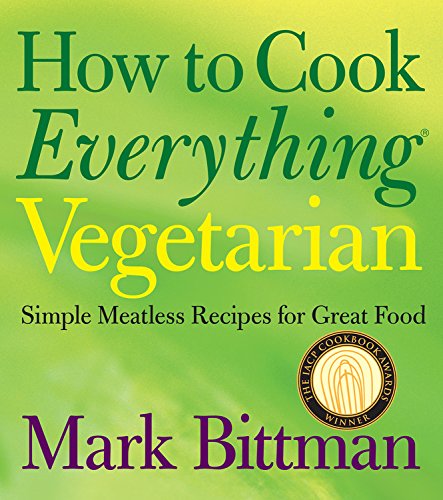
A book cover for How to Cook Everything Vegetarian: Simple Meatless Recipes for Great Food; Mark Bittman; Cookbooks, Food & Wine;